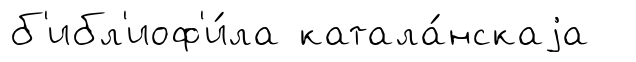
б'ибл'иоф'и́ла катала́нскаjа